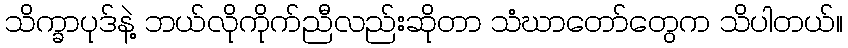
သိက္ခာပုဒ်နဲ့ ဘယ်လိုကိုက်ညီလည်းဆိုတာ သံဃာတော်တွေက သိပါတယ်။